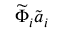
\widetilde { \Phi } _ { i } \widetilde { \boldsymbol { a } } _ { i }